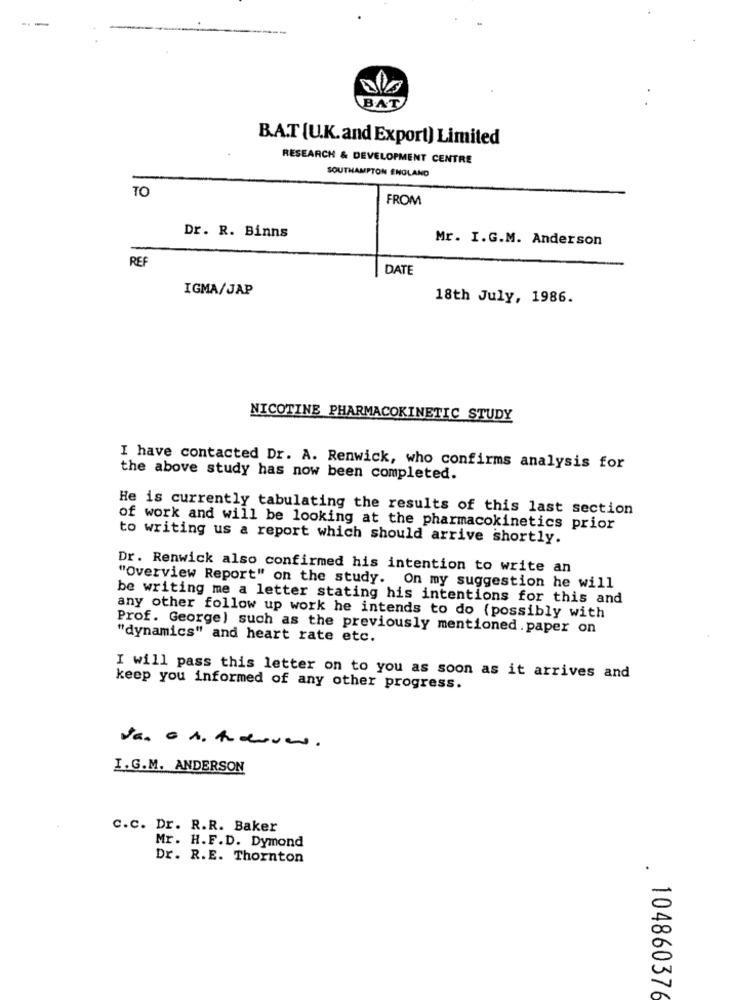
--
BAT
B.A.T [U.K. and Export) Limited
RESEARCH & DEVELOPMENT CENTRE
SOUTHAMPTON ENGLAND
TO
FROM
Dr. R. Binns
Mr. I.G.M. Anderson
REF
DATE
IGMA/JAP
18th July, 1986.
NICOTINE PHARMACOKINETIC STUDY
I have contacted Dr. A. Renwick, who confirms analysis for
the above study has now been completed.
He is currently tabulating the results of this last section
of work and will be looking at the pharmacokinetics prior
to writing us a report which should arrive shortly.
Dr. Renwick also confirmed his intention to write an
"Overview Report" on the study. On my suggestion he will
be writing me a letter stating his intentions for this and
any other follow up work he intends to do (possibly with
Prof. George) such as the previously mentioned. paper on
"dynamics" and heart rate etc.
I will pass this letter on to you as soon as it arrives and
keep you informed of any other progress.
I.G.M. ANDERSON
c.c. Dr. R.R. Baker
Mr. H.F.D. Dymond
Dr. R.E. Thornton
. 10486037